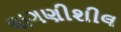
લાગણીશીલ